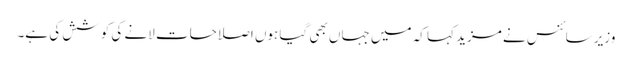
وزیر سائنس نے مزید کہا کہ میں جہاں بھی گیا ہوں اصلاحات لانے کی کوشش کی ہے۔